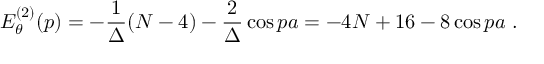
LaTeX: E _ { \theta } ^ { ( 2 ) } ( p ) = - \frac { 1 } { \Delta } ( N - 4 ) - \frac { 2 } { \Delta } \cos p a = - 4 N + 1 6 - 8 \cos p a \ .